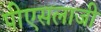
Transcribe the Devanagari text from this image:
पीएसलाजी